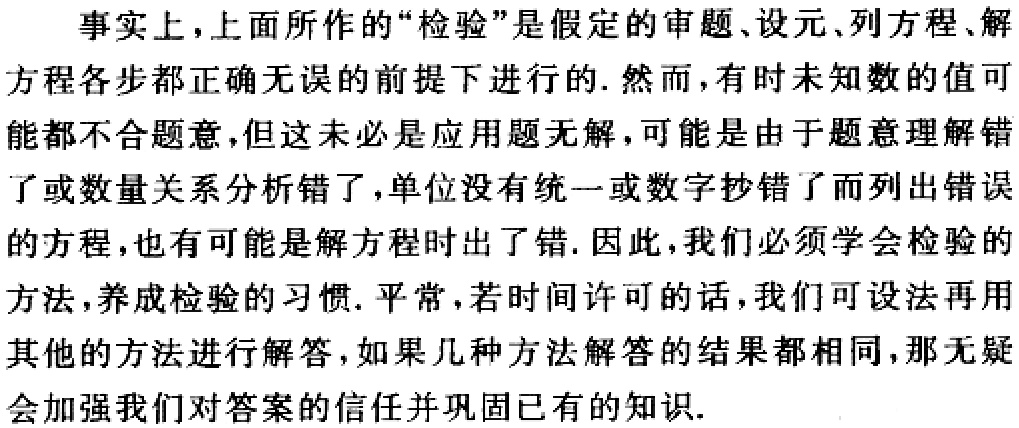
事实上，上面所作的“检验”是假定的审题、设元、列方程、解方程各步都正确无误的前提下进行的. 然而，有时未知数的值可能都不合题意，但这未必是应用题无解，可能是由于题意理解错了或数量关系分析错了，单位没有统一或数字抄错了而列出错误的方程，也有可能是解方程时出了错. 因此，我们必须学会检验的方法，养成检验的习惯. 平常，若时间许可的话，我们可设法再用其他的方法进行解答，如果几种方法解答的结果都相同，那无疑会加强我们对答案的信任并巩固已有的知识.